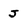
Character: J